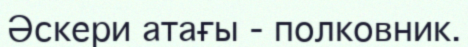
Әскери атағы - полковник.